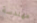
مهندسة